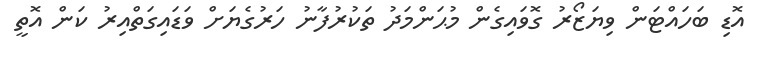
އޮޑި ބަހައްޓަން ވިޔަޒޯރު ގޮވައިގެން މުޙަންމަދު ތަކުރުފާނު ހަރުގެޔަށް ވަޑައިގަތްއިރު ކަން އޮތީ